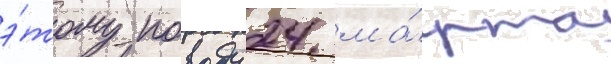
э́тому поводу 24 ма́рта